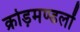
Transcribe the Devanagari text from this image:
क्रोड़मण्डलों